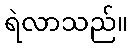
ရဲလာသည်။